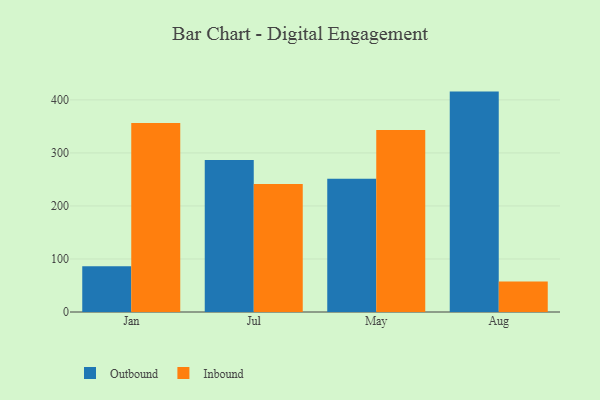
{"axis": {"x": "Month", "y": "Revenue (USD Million)"}, "legend": ["Inbound", "Outbound"], "data": [{"x": "Jan", "y": 86.4, "type": "Outbound"}, {"x": "Jan", "y": 356.6, "type": "Inbound"}, {"x": "Jul", "y": 286.6, "type": "Outbound"}, {"x": "Jul", "y": 241.5, "type": "Inbound"}, {"x": "May", "y": 251.2, "type": "Outbound"}, {"x": "May", "y": 343.0, "type": "Inbound"}, {"x": "Aug", "y": 415.6, "type": "Outbound"}, {"x": "Aug", "y": 57.3, "type": "Inbound"}]}